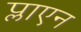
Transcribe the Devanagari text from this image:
प्लाएन